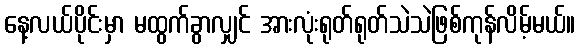
နေ့လယ်ပိုင်းမှာ မထွက်ခွာလျှင် အားလုံးရုတ်ရုတ်သဲသဲဖြစ်ကုန်လိမ့်မယ်။